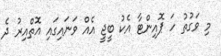
މި ވަގުތު ހަ ޕޮއިންޓާ އެކު ބީޖީ އެއް ވަނައިގައި އޮތްއިރު ދެ